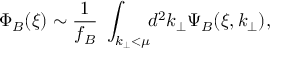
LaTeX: \Phi _ { B } ( \xi ) \sim \frac { 1 } { f _ { B } } \, \, \int _ { k _ { \perp } < \mu } \! \! d ^ { 2 } k _ { \perp } \Psi _ { B } ( \xi , k _ { \perp } ) ,